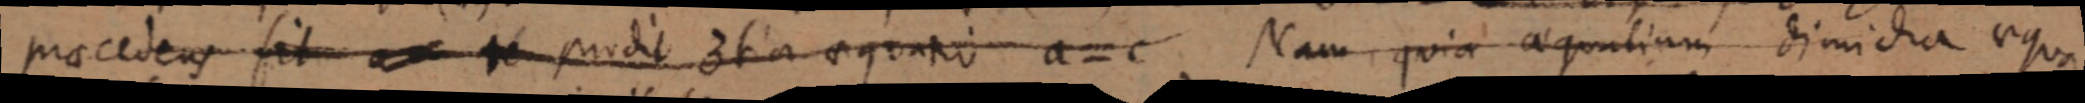
praecedens situ podit dta aequano aNam, quia aequalium dimidia aqua